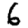
Digit: 6